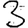
Digit: 3